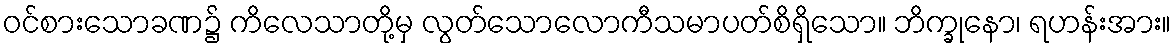
ဝင်စားသောခဏ၌ ကိလေသာတို့မှ လွတ်သောလောကီသမာပတ်စိရှိသော။ ဘိက္ခုနော၊ ရဟန်းအား။